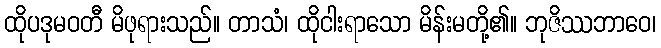
ထိုပဒုမဝတီ မိဖုရားသည်။ တာသံ၊ ထိုငါးရာသော မိန်းမတို့၏။ ဘုဇိဿဘာဝေ၊